Plague in India, 1896, 1897 - Volume 3
Year: 1896
Disease focus: Plague
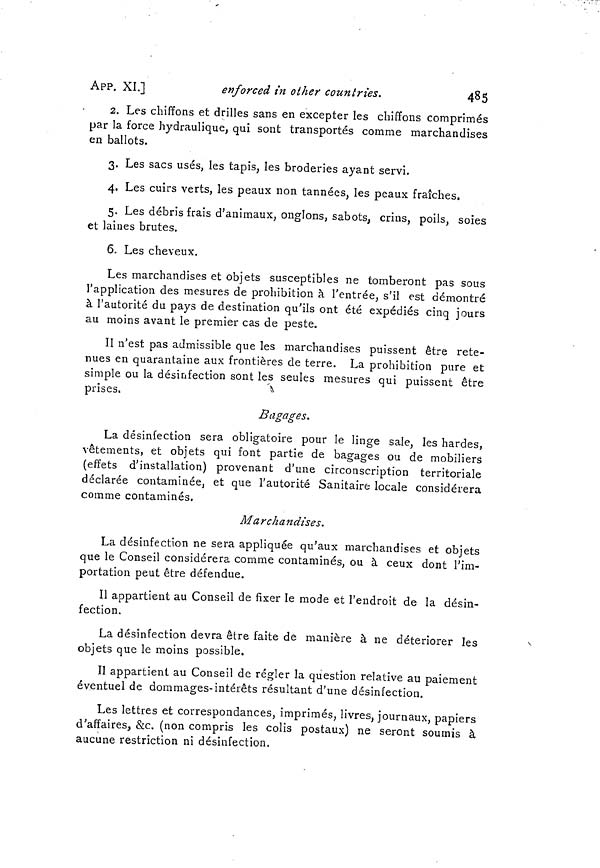
APP. XI.]
enforced in other countries.
485
2. Les chiffons et drilles sans en excepter les chiffons comprimés
par la force hydraulique, qui sont transportés comme marchandises
en ballots.
3. Les sacs usés, les tapis, les broderies ayant servi.
4. Les cuirs verts, les peaux non tannées, les peaux fraîches.
5. Les débris frais d'animaux, onglons, sabots, crins, poils, soies
et laines brutes.
6. Les cheveux.
Les marchandises et objets susceptibles ne tomberont pas sous
l'application des mesures de prohibition à l'entrée, s'il est démontré
à l'autorité du pays de destination qu'ils ont été expédiés cinq jours
au moins avant le premier cas de peste.
Il n'est pas admissible que les marchandises puissent être rete-
nues en quarantaine aux frontières de terre. La prohibition pure et
simple ou la désinfection sont les seules mesures qui puissent être
prises.
Bagages.
La désinfection sera obligatoire pour le linge sale, les hardes,
vêtements, et objets qui font partie de bagages ou de mobiliers
(effets d'installation) provenant d'une circonscription territoriale
déclarée contaminée, et que l'autorité Sanitaire locale considérera
comme contaminés.
Marchandises.
La désinfection ne sera appliquée qu'aux marchandises et objets
que le Conseil considérera comme contaminés, ou à ceux dont l'im-
portation peut être défendue.
Il appartient au Conseil de fixer le mode et l'endroit de la désin-
fection.
La désinfection devra être faite de manière à ne détériorer les
objets que le moins possible.
Il appartient au Conseil de régler la question relative au paiement
éventuel de dommages-intérêts résultant d'une désinfection.
Les lettres et correspondances, imprimés, livres, journaux, papiers
d'affaires, &c, (non compris les colis postaux) ne seront soumis à
aucune restriction ni désinfection.